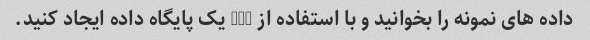
داده های نمونه را بخوانید و با استفاده از SQL یک پایگاه داده ایجاد کنید.